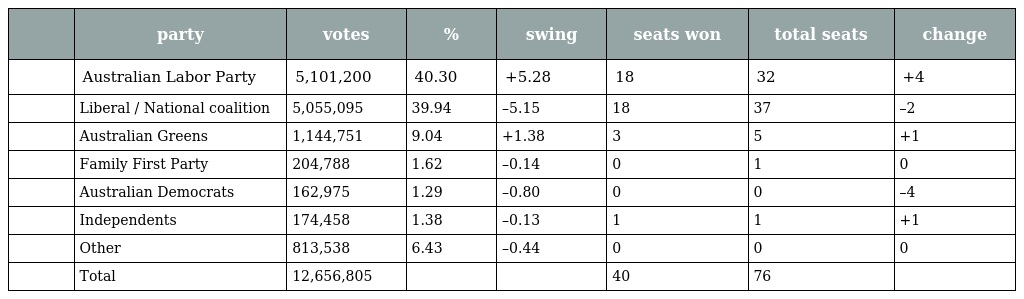
|  | party | votes | % | swing | seats won | total seats | change |
 | --- | --- | --- | --- | --- | --- | --- | --- |
 |  | Australian Labor Party | 5,101,200 | 40.30 | +5.28 | 18 | 32 | +4 |
 |  | Liberal / National coalition | 5,055,095 | 39.94 | –5.15 | 18 | 37 | –2 |
 |  | Australian Greens | 1,144,751 | 9.04 | +1.38 | 3 | 5 | +1 |
 |  | Family First Party | 204,788 | 1.62 | –0.14 | 0 | 1 | 0 |
 |  | Australian Democrats | 162,975 | 1.29 | –0.80 | 0 | 0 | –4 |
 |  | Independents | 174,458 | 1.38 | –0.13 | 1 | 1 | +1 |
 |  | Other | 813,538 | 6.43 | –0.44 | 0 | 0 | 0 |
 |  | Total | 12,656,805 |  |  | 40 | 76 |  |